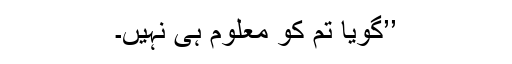
’’گویا تم کو معلوم ہی نہیں۔